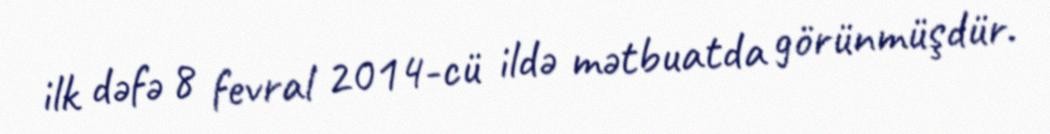
ilk dəfə 8 fevral 2014-cü ildə mətbuatda görünmüşdür.